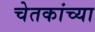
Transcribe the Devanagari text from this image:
चेतकांच्या